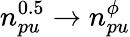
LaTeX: n_{pu}^{0.5}\rightarrow n_{pu}^{\phi}